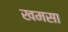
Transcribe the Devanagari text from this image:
खमसा